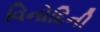
વિનોદિની